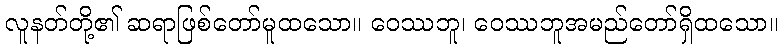
လူနတ်တို့၏ ဆရာဖြစ်တော်မူထသော။ ဝေဿဘူ၊ ဝေဿဘူအမည်တော်ရှိထသော။